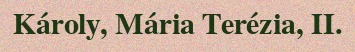
Károly, Mária Terézia, II.